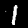
Digit: 1